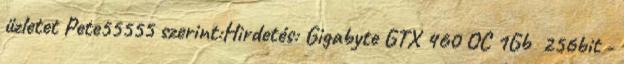
üzletet Pete55555 szerint:Hirdetés: Gigabyte GTX 460 OC 1Gb 256bit -